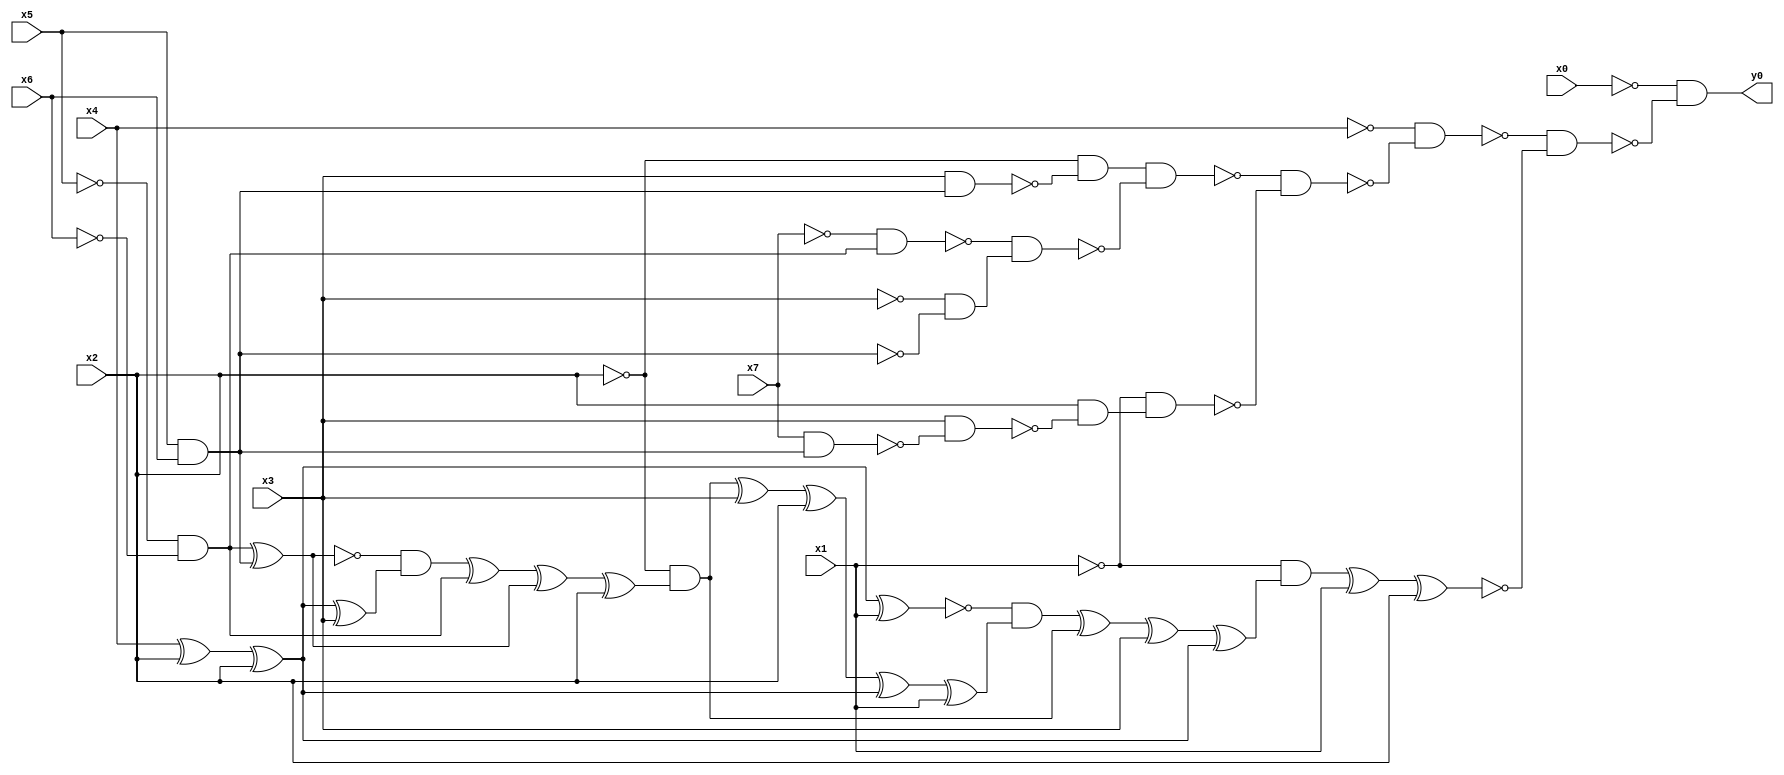
module top( x0 , x1 , x2 , x3 , x4 , x5 , x6 , x7 , y0 );
  input x0 , x1 , x2 , x3 , x4 , x5 , x6 , x7 ;
  output y0 ;
  wire n9 , n10 , n11 , n12 , n13 , n14 , n15 , n16 , n17 , n18 , n19 , n20 , n21 , n22 , n23 , n24 , n25 , n26 , n27 , n28 , n29 , n30 , n31 , n32 , n33 , n34 , n35 , n36 , n37 , n38 , n39 , n40 , n41 , n42 , n43 , n44 , n45 ;
  assign n9 = x5 & x6 ;
  assign n10 = x3 & n9 ;
  assign n11 = ~x2 & ~n10 ;
  assign n12 = ~x5 & ~x6 ;
  assign n13 = ~x7 & n12 ;
  assign n14 = ~x3 & ~n9 ;
  assign n15 = ~n13 & n14 ;
  assign n16 = n11 & ~n15 ;
  assign n17 = x7 & n9 ;
  assign n18 = x3 & ~n17 ;
  assign n19 = x2 & ~n18 ;
  assign n20 = ~x1 & n19 ;
  assign n21 = ~n16 & ~n20 ;
  assign n22 = ~x4 & ~n21 ;
  assign n23 = x4 ^ x2 ;
  assign n24 = n23 ^ x2 ;
  assign n25 = n24 ^ x1 ;
  assign n26 = n12 ^ n9 ;
  assign n27 = n24 ^ x3 ;
  assign n28 = ~n26 & n27 ;
  assign n29 = n28 ^ n12 ;
  assign n30 = n29 ^ n26 ;
  assign n31 = n30 ^ x2 ;
  assign n32 = ~x2 & n31 ;
  assign n33 = n32 ^ x3 ;
  assign n34 = n33 ^ x2 ;
  assign n35 = n34 ^ n24 ;
  assign n36 = n35 ^ x1 ;
  assign n37 = ~n25 & n36 ;
  assign n38 = n37 ^ n32 ;
  assign n39 = n38 ^ x3 ;
  assign n40 = n39 ^ n24 ;
  assign n41 = ~x1 & n40 ;
  assign n42 = n41 ^ x1 ;
  assign n43 = n42 ^ x2 ;
  assign n44 = ~n22 & ~n43 ;
  assign n45 = ~x0 & ~n44 ;
  assign y0 = n45 ;
endmodule